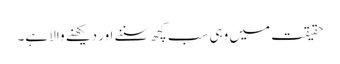
حقیقت میں وہی سب کچھ سننے اور دیکھنے والا ہے۔